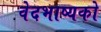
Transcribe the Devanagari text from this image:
वेदभाष्यको